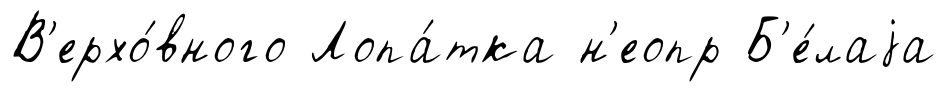
В'ерхо́вного Лопа́тка н'еопр Б'е́лаjа